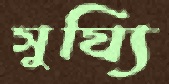
সুয্যি